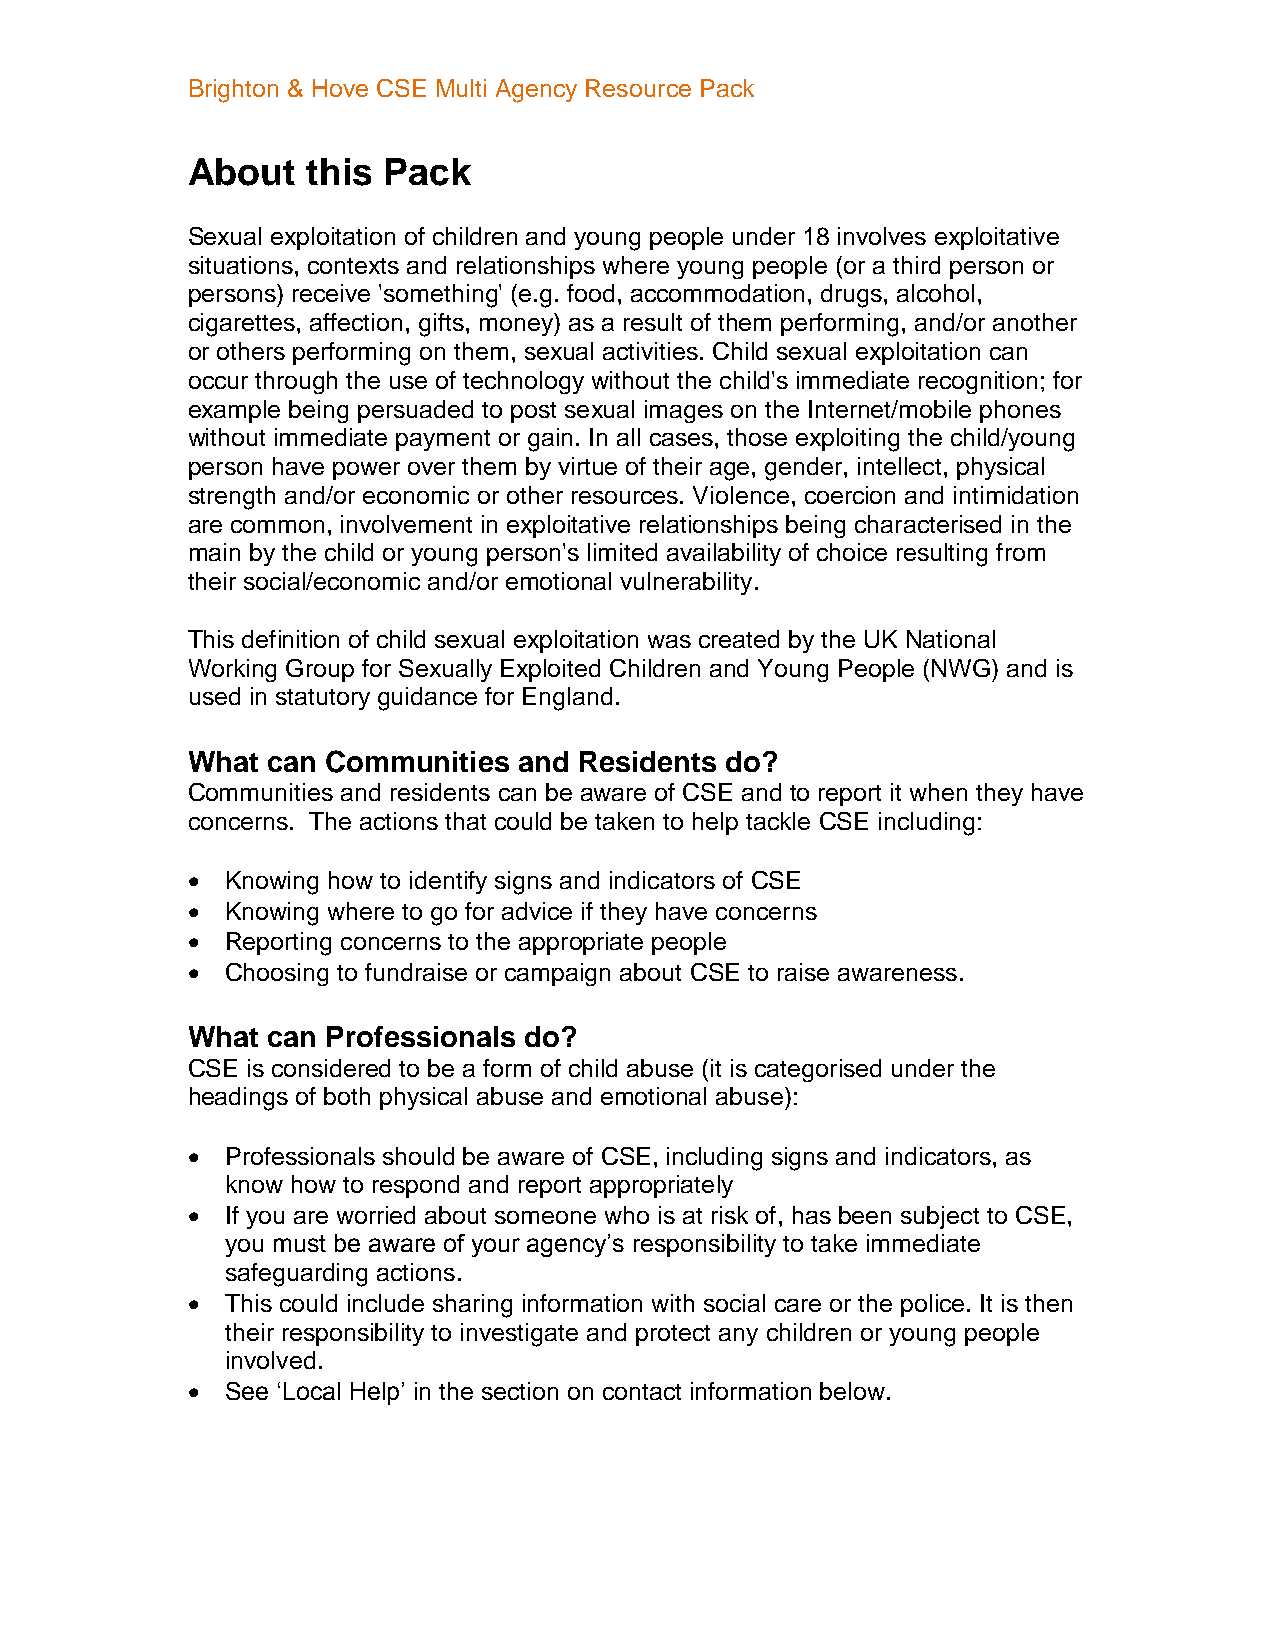
Brighton & Hove CSE Multi Agency Resource Pack
 About   this Pack
 Sexual exploitation of children and young people under 18 involves exploitative
 situations, contexts and relationships where young people (or a third person or
 persons) receive 'something' (e.g. food, accommodation, drugs, alcohol,
 cigarettes, affection, gifts, money) as a result of them performing, and/or another
 or others performing on them, sexual activities. Child sexual exploitation can
 occur through the use of technology without the child's immediate recognition; for
 example being persuaded to post sexual images on the Internet/mobile phones
 without immediate payment or gain. In all cases, those exploiting the child/young
 person have power over them by virtue of their age, gender, intellect, physical
 strength and/or economic or other resources. Violence, coercion and intimidation
 are common, involvement in exploitative relationships being characterised in the
 main by the child or young person's limited availability of choice resulting from
 their social/economic and/or emotional vulnerability.
 This definition of child sexual exploitation was created by the UK National
 Working Group for Sexually Exploited Children and Young People (NWG) and is
 used in statutory guidance for England.
 What  can Communities and Residents do?
 Communities and residents can be aware of CSE and to report it when they have
 concerns. The actions that could be taken to help tackle CSE including:
   Knowing how to identify signs and indicators of CSE
   Knowing where to go for advice if they have concerns
   Reporting concerns to the appropriate people
   Choosing to fundraise or campaign about CSE to raise awareness.
 What  can Professionals do?
 CSE is considered to be a form of child abuse (it is categorised under the
 headings of both physical abuse and emotional abuse):
   Professionals should be aware of CSE, including signs and indicators, as
 know how to respond and report appropriately
   If you are worried about someone who is at risk of, has been subject to CSE,
 you must be aware of your agency’s responsibility to take immediate
 safeguarding actions.
   This could include sharing information with social care or the police. It is then
 their responsibility to investigate and protect any children or young people
 involved.
   See ‘Local Help’ in the section on contact information below.